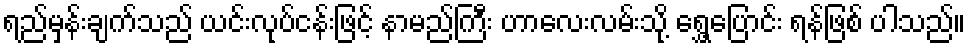
ရည်မှန်းချက်သည် ယင်းလုပ်ငန်းဖြင့် နာမည်ကြီး ဟာလေးလမ်းသို့ ရွှေ့ပြောင်း ရန်ဖြစ် ပါသည်။